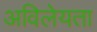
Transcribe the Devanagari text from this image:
अविलेयता